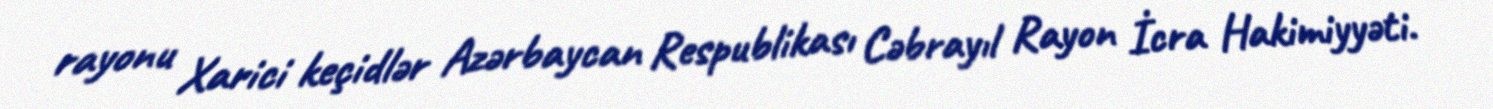
rayonu Xarici keçidlər Azərbaycan Respublikası Cəbrayıl Rayon İcra Hakimiyyəti.